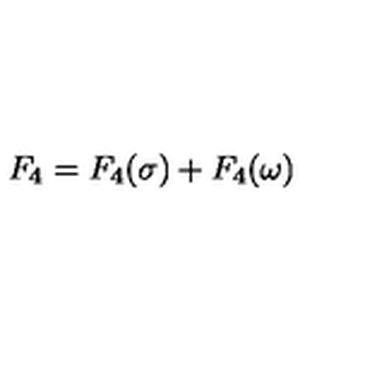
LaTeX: F _ { 4 } = F _ { 4 } ( \sigma ) + F _ { 4 } ( \omega )